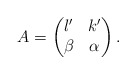
\begin{align*}A = \begin{pmatrix}l' & k'\\\beta & \alpha\end{pmatrix}.\end{align*}